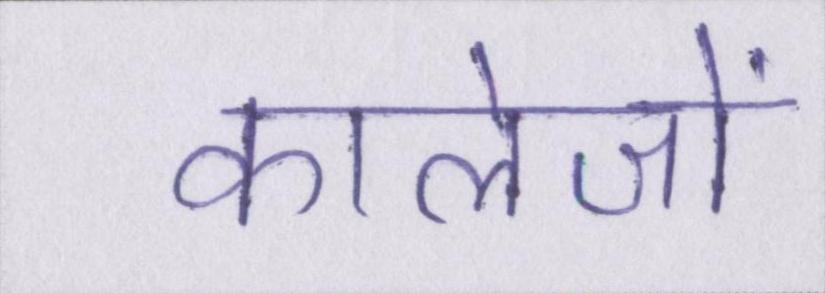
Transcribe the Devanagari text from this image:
कालेजों